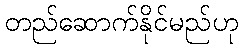
တည်ဆောက်နိုင်မည်ဟု